Manual of the Civil Veterinary Department, Central Provinces and Berar
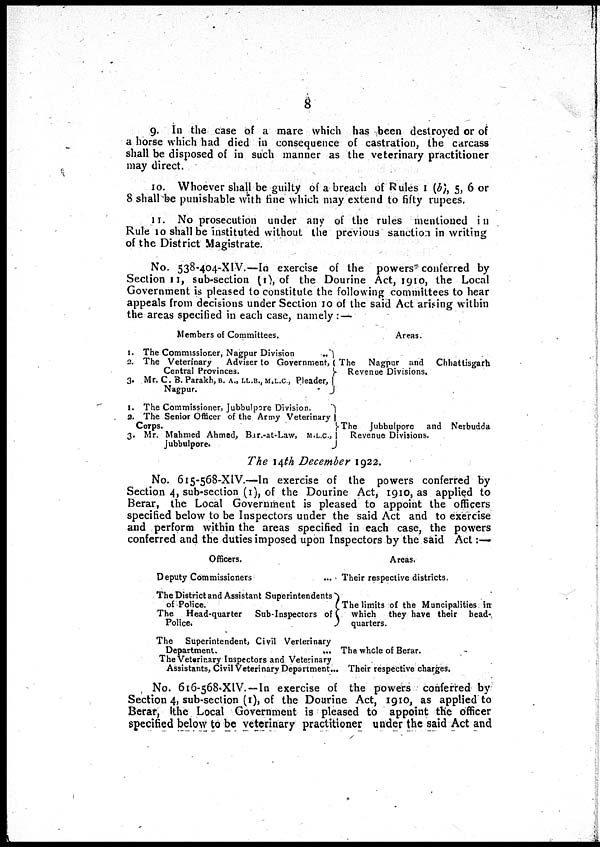
8
9. In the case of a mare which has been destroyed or of
a horse which had died in consequence of castration, the carcass
shall be disposed of in such manner as the veterinary practitioner
may direct.
10. Whoever shall be guilty of a breach of Rules 1 (b), 5, 6 or
8 shall be punishable with fine which may extend to fifty rupees.
11. No prosecution under any of the rules mentioned in
Rule 10 shall be instituted without the previous sanction in writing
of the District Magistrate.
No. 538-404-XIV.—In exercise of the powers conferred by
Section 11, sub-section (1), of the Dourine Act, 1910, the Local
Government is pleased to constitute the following committees to hear
appeals from decisions under Section 10 of the said Act arising within
the areas specified in each case, namely :—
Members of Committees.
1. The Commissioner, Nagpur Division
2. The Veterinary
Adviser to Government,
Central Provinces.
3. Mr. C. B. Parakh, B. A., LL.B., M.L.C., Pleader,
Nagpur.
1. The Commissioner, Jubbulpore Division.
3. The Senior Officer of the Army Veterinary
Corps.
3. Mr. Mahmed Ahmed, Bar.-at-Law, M.L.C.,
Jubbulpore.
Areas.
The
Nagpur and Chhattisgarh
Revenue Divisions.
The Jubbulpore and Nerbudda
Revenue Divisions.
The 14th December 1922.
No. 615-568-XIV.—In exercise of the powers conferred by
Section 4, sub-section (1), of the Dourine Act, 1910, as applied to
Berar, the Local Government is pleased to appoint the officers
specified below to be Inspectors under the said Act and to exercise
and perform within the areas specified in each case, the powers
conferred and the duties imposed upon Inspectors by the said Act:—
Officers.
Deputy Commissioners
The District and Assistant Superintendents
of Police.
The Head-quarter
Sub-Inspectors of
Police.
The Superintendent, Civil Verterinary
Department.
...
The Vettririary Inspectors and Veterinary
Assistants, Civil Veterinary Department..
Areas.
Their respective districts.
The limits of the Muncipalities irr
which they have their bead-
quarters.
The whole of Berar.
Their respective charges.
No. 616-568-XlV.—In exercise of the powers conferred by
Section 4, sub-section (1), of the Dourine Act, 1910, as applied to
Berar, the Local Government is pleased to appoint the officer
specified below to be veterinary practitioner under the said Act and